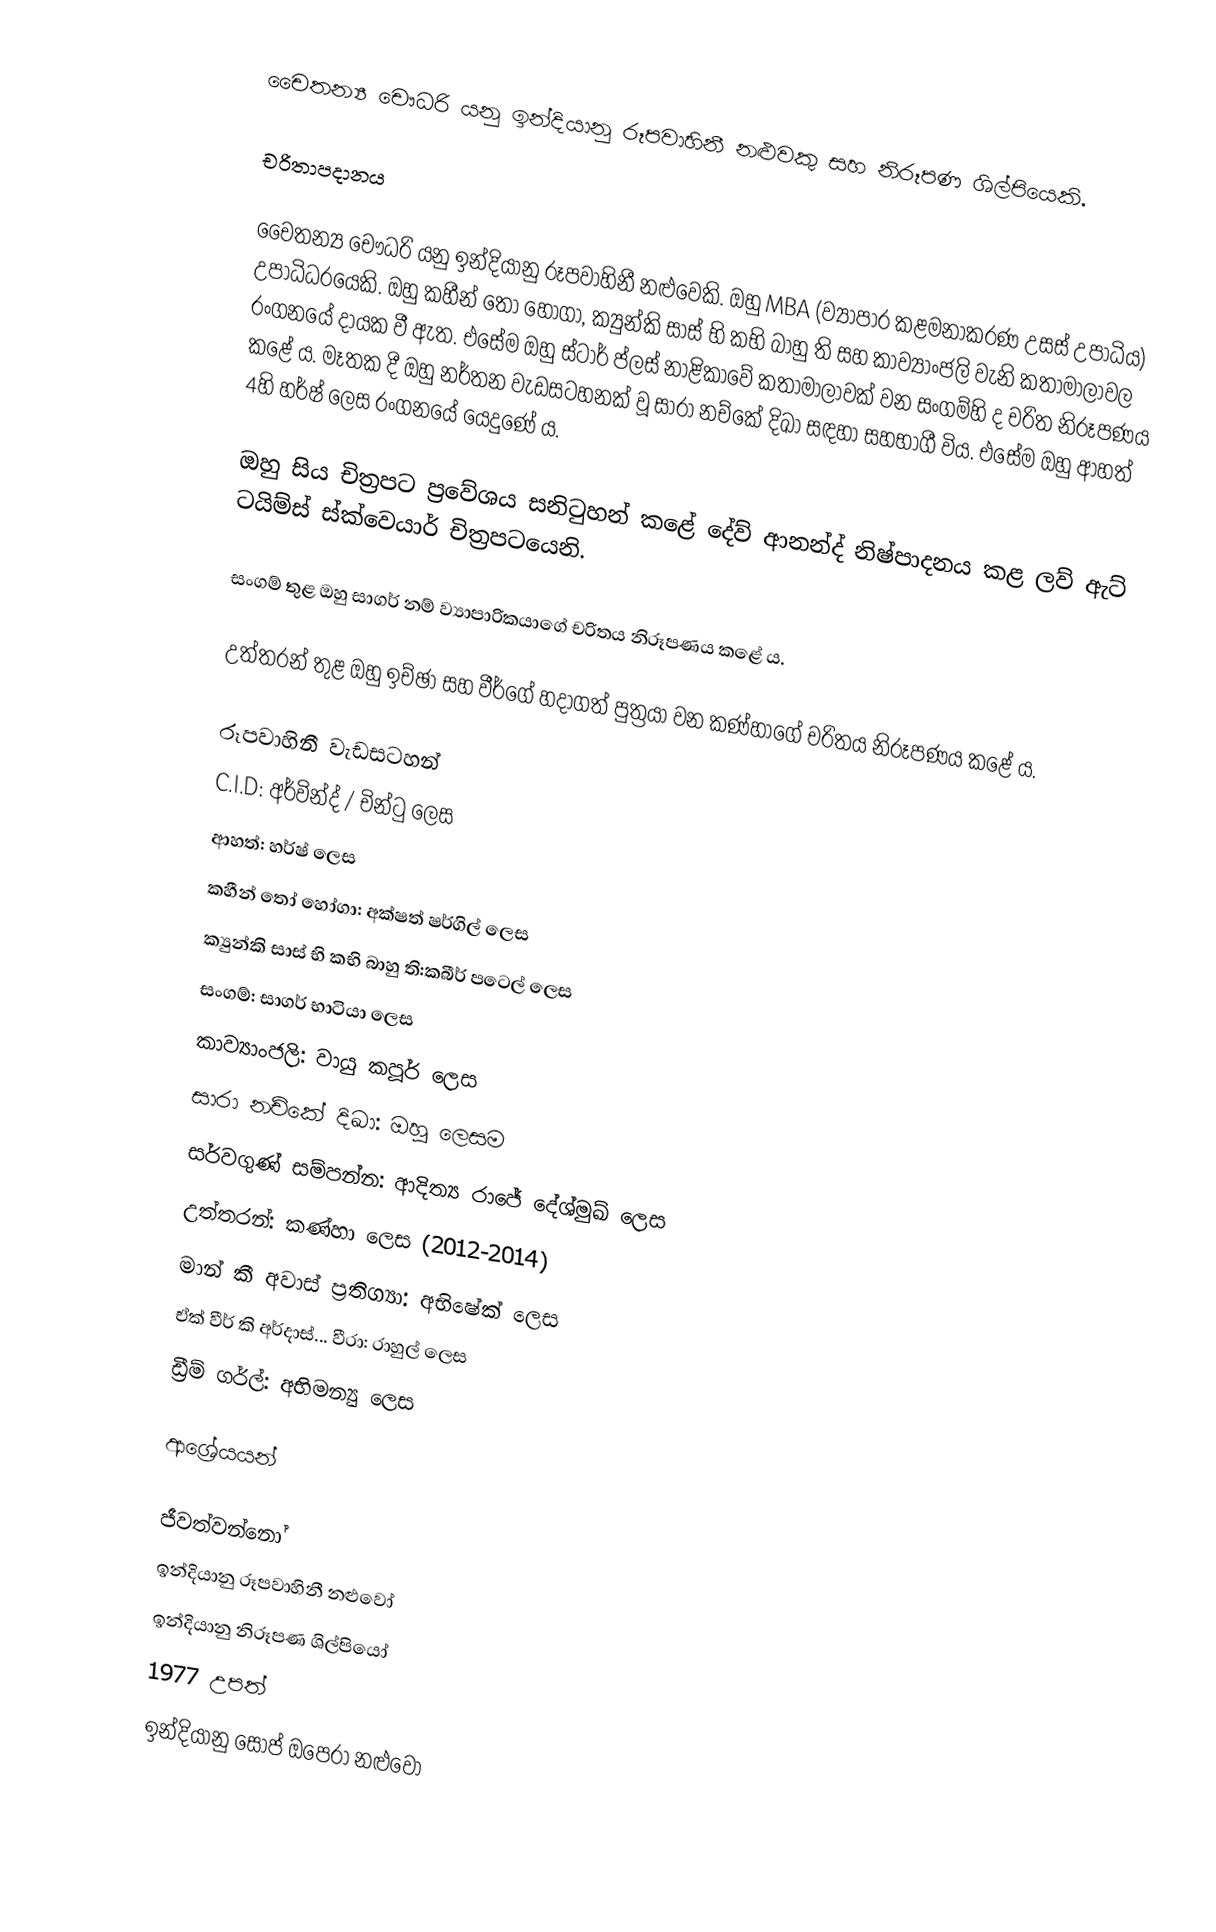
චෛතන්‍ය චෞධරි යනු ඉන්දියානු රූපවාහිනී නළුවකු සහ නිරූපණ ශිල්පියෙකි.

චරිතාපදානය

චෛතන්‍ය චෞධරි යනු ඉන්දියානු රූපවාහිනී නළුවෙකි. ඔහු MBA (ව්‍යාපාර කළමනාකරණ උසස් උපාධිය) උපාධිධරයෙකි. ඔහු කහීන් තෝ හෝගා, ක්‍යුන්කි සාස් භි කභි බාහු ති සහ කාව්‍යාංජලි වැනි කතාමාලාවල රංගනයේ දායක වී ඇත. එසේම ඔහු ස්ටාර් ප්ලස් නාළිකාවේ කතාමාලාවක් වන සංගම්හි ද චරිත නිරූපණය කළේ ය. මෑතක දී ඔහු නර්තන වැඩසටහනක් වූ සාරා නච්කේ දිඛා සඳහා සහභාගී විය. එසේම ඔහු ආහත් 4හි හර්ෂ් ලෙස රංගනයේ යෙදුණේ ය.

ඔහු සිය චිත්‍රපට ප්‍රවේශය සනිටුහන් කළේ දේව් ආනන්ද් නිෂ්පාදනය කළ ලව් ඇට් ටයිම්ස් ස්ක්වෙයාර් චිත්‍රපටයෙනි.

සංගම් තුළ ඔහු සාගර් නම් ව්‍යාපාරිකයාගේ චරිතය නිරූපණය කළේ ය.

උත්තරන් තුළ ඔහු ඉච්ඡා සහ වීර්ගේ හදාගත් පුත්‍රයා වන කණ්හාගේ චරිතය නිරූපණය කළේ  ය.

රූපවාහිනී වැඩසටහන්
 C.I.D: අර්වින්ද් / චින්ටු ලෙස
 ආහත්: හර්ෂ් ලෙස
 කහීන් තෝ හෝගා: අක්ෂත් ෂර්ගිල් ලෙස
 ක්‍යුන්කි සාස් භි කභි බාහු ති:කබීර් පටෙල් ලෙස
 සංගම්: සාගර් භාටියා ලෙස
 කාව්‍යාංජලි: වායු කපූර් ලෙස
 සාරා නච්කේ දිඛා: ඔහු ලෙසම
 සර්වගුණ් සම්පන්න: ආදිත්‍ය රාජේ දේශ්මුඛ් ලෙස
 උත්තරන්: කණ්හා ලෙස (2012-2014)
 මාන් කී අවාස් ප්‍රතිග්‍යා: අභිෂේක් ලෙස
 ඒක් වීර් කි අර්දාස්... වීරා: රාහුල් ලෙස
 ඩ්‍රීම් ගර්ල්: අභිමන්‍යු ලෙස

ආශ්‍රේයයන්

ජීවත්වන්නෝ
ඉන්දියානු රූපවාහිනී නළුවෝ
ඉන්දියානු නිරූපණ ශිල්පියෝ
1977 උපත්
ඉන්දියානු සෝප් ඔපෙරා නළුවෝ